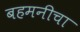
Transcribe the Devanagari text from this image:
बहमनीचा